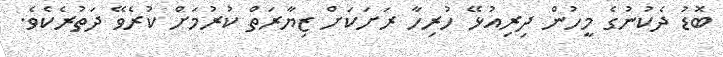
ބޮޑު ދެކުނުގެ މީހުން ދިރިއުޅޭ ހުރިހާ ރަށަކަށް ޒިޔާރަތް ކުރުމަށް ކުރެވޭ ދަތުރެކެވެ.